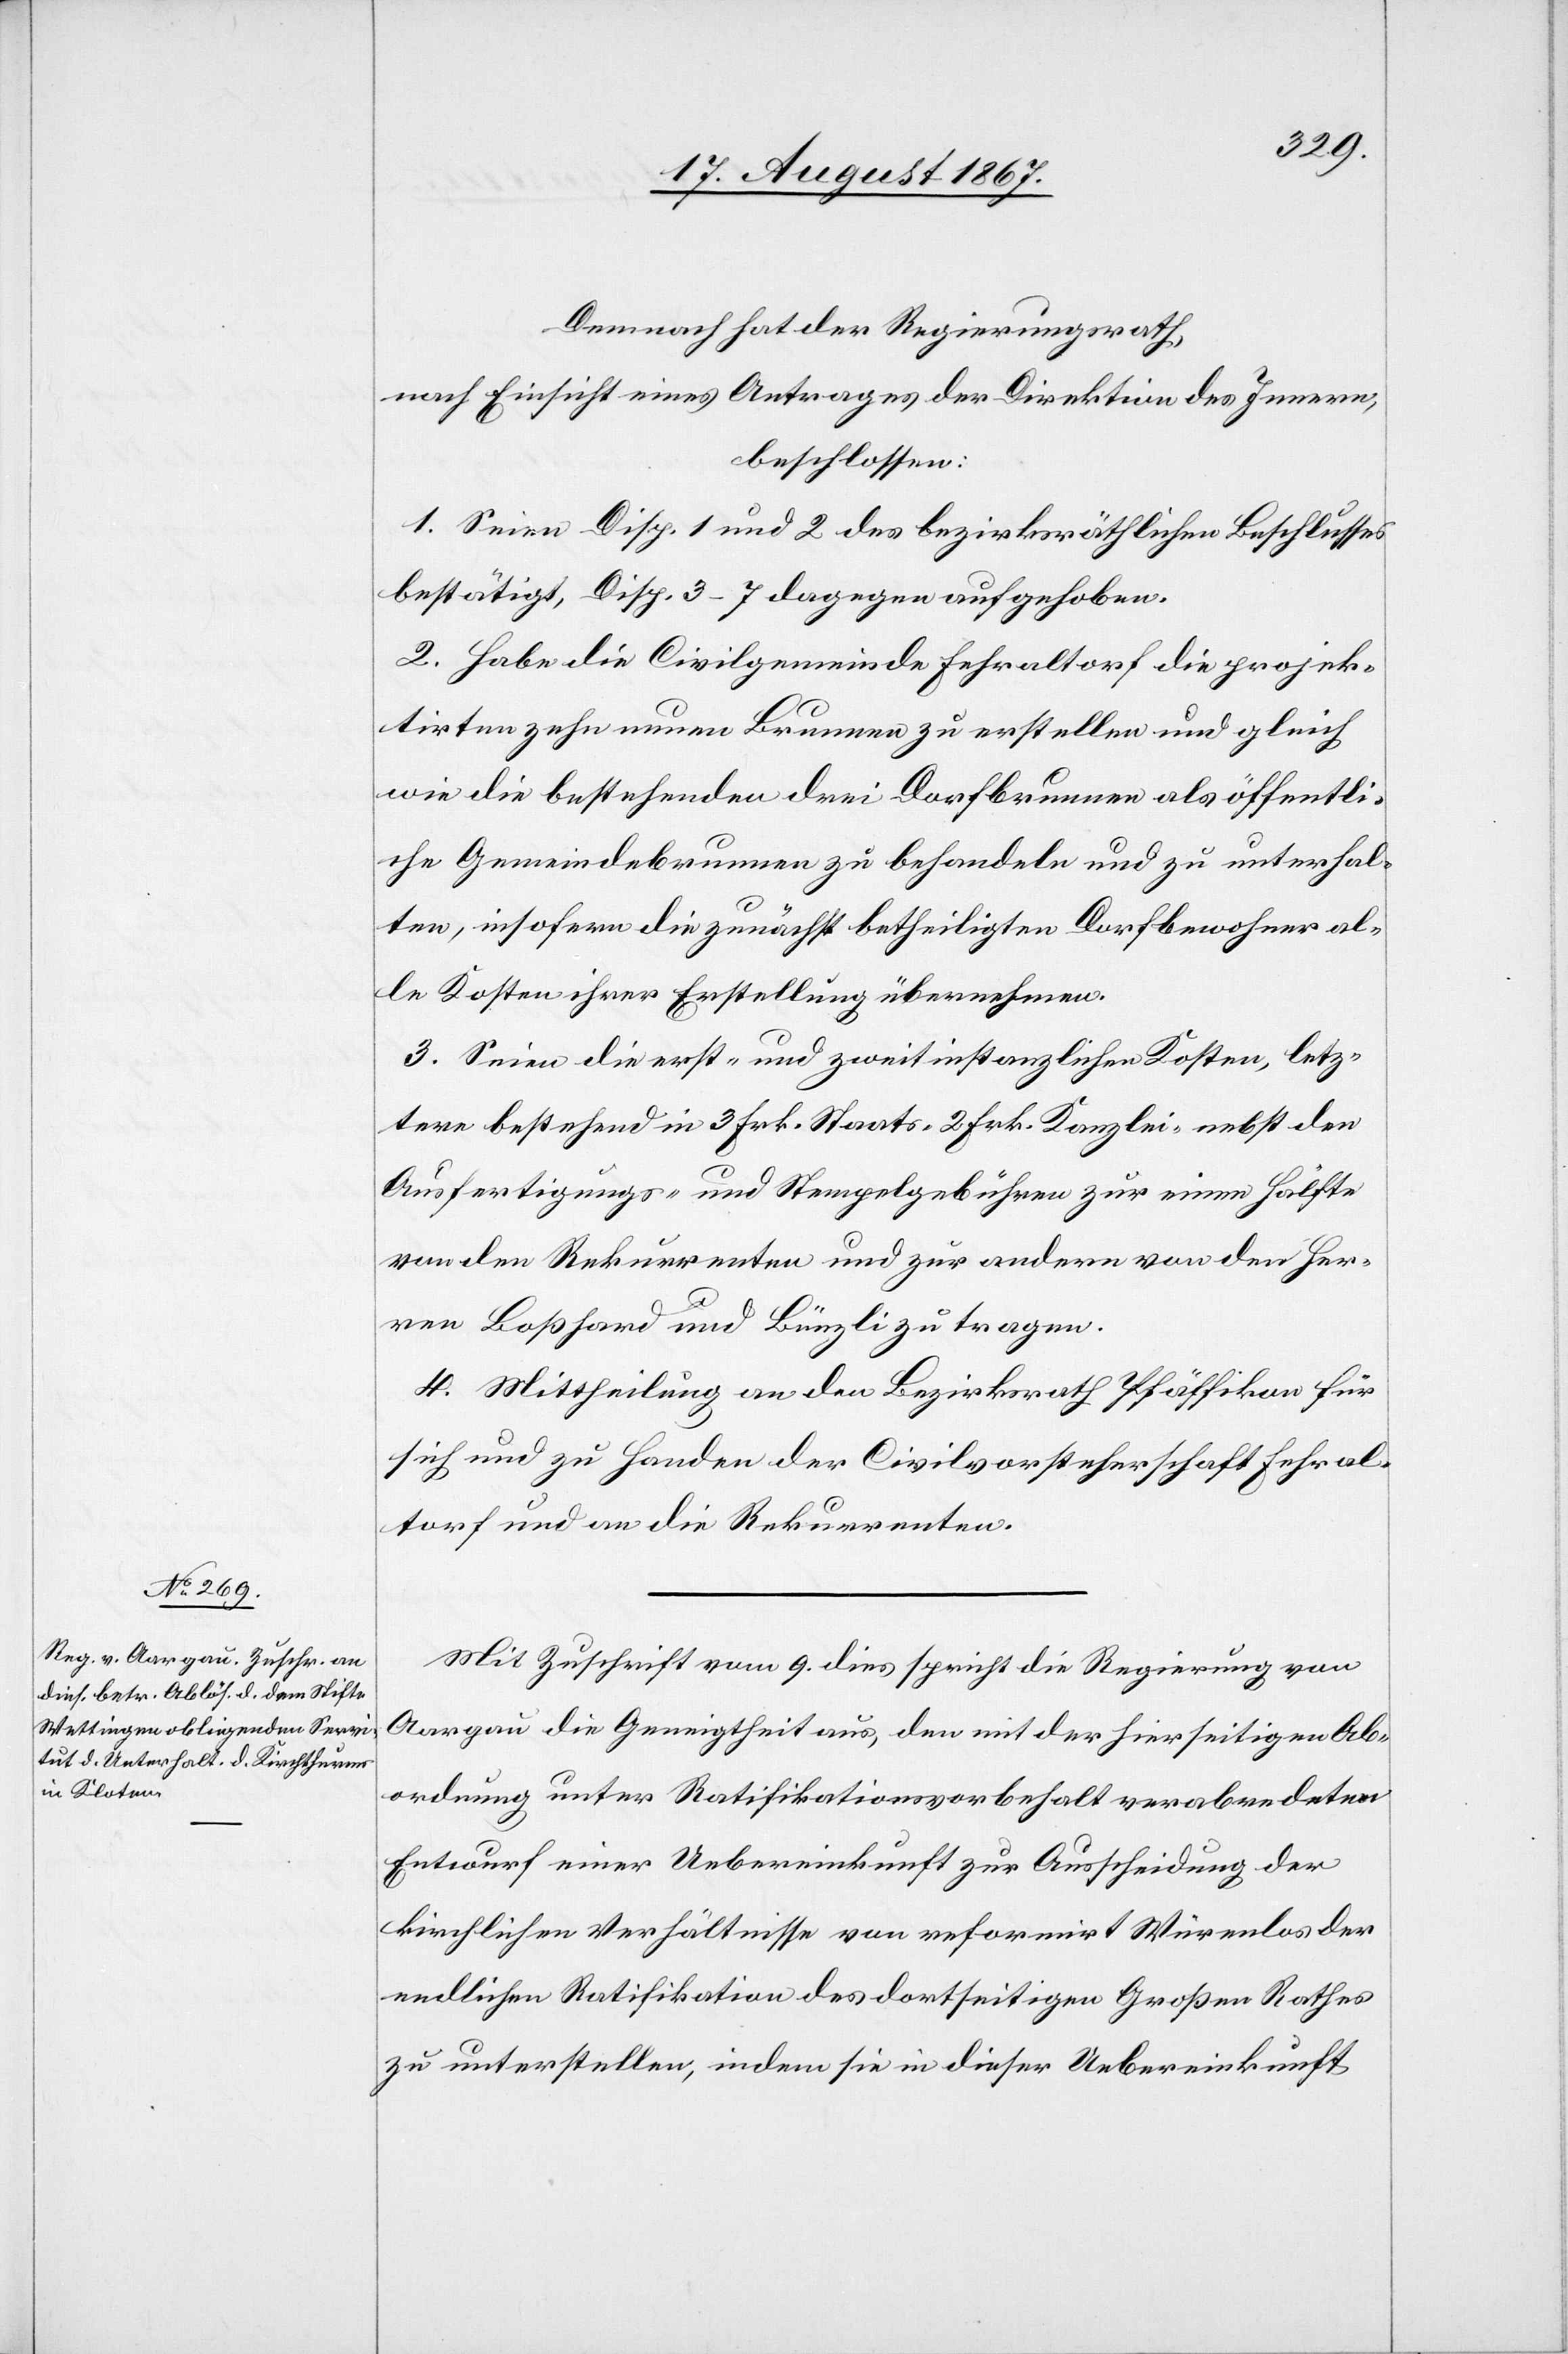
Demnach hat der Regierungsrath,
nach Einsicht eines Antrages der Direktion der öff.
beschlossen:
1. Seien Disp. 1 und 2 des bezirksräthlichen Beschlusses
bestätigt, Disp. 3–7 dagegen aufgehoben.
2. Habe die Civilgemeinde Fehraltorf die projek¬
tirten zehn neuen Brunnen zu erstellen und gleich
wie die bestehenden drei Dorfbrunnen als öffentli¬
che Gemeindebrunnen zu behandeln und zu unterhal¬
ten, insofern die zunächst betheiligten Dorfbewohner al¬
le Kosten ihrer Erstellung übernehmen.
3. Seien die erst- und zweitinstanzlichen Kosten, letz¬
tere bestehend in 3 Frk. Staats-[,] 2 Frk. Kanzlei- nebst den
Ausfertigungs- und Stempelgebühren zur einen Hälfte
von den Rekurrenten und zur andern von den Her¬
ren Boßhard und Bünzli zu tragen.
4. Mittheilung an den Bezirksrath Pfäffikon für
sich und zu Handen der Civilvorsteherschaft Fehral¬
torf und an die Rekurrenten.
Mit Zuschrift vom 9. dies spricht die Regierung von
Aargau die Geneigtheit aus, den mit der hierseitigen Ab¬
ordnung unter Ratifikationsvorbehalt verabredeten
Entwurf einer Uebereinkunft zur Ausscheidung der
kirchlichen Verhältnisse von reformirt Würenlos der
endlichen Ratifikation des dortseitigen Großen Rathes
zu unterstellen, indem sie in dieser Uebereinkunft